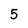
Character: 5